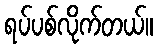
ရပ်ပစ်လိုက်တယ်။